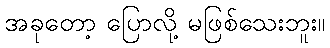
အခုတော့ ပြောလို့ မဖြစ်သေးဘူး။